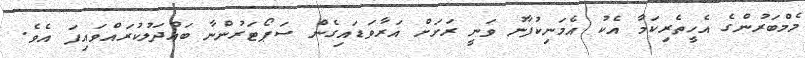
މެމްބަރުންގެ އެހީތެރިކަމާ އެކު އެމަނިކުފާނު ވަނީ ރަށަށް އަރާވަޑައިގެން ސަޕޯޓަރުންނާ ބައްދަލުކުރައްވައިފަ އެވެ.